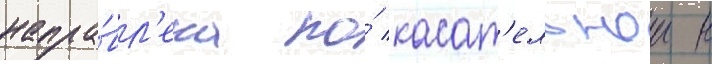
напра́вл'ена по́ касат'ельнои к